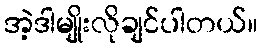
အဲ့ဒါမျိုးလိုချင်ပါတယ်။